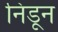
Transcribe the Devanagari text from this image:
निडून